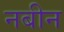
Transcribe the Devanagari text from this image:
नबीन